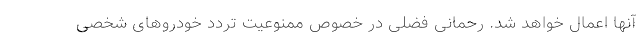
آنها اعمال خواهد شد. رحمانی فضلی در خصوص ممنوعیت تردد خودروهای شخصی